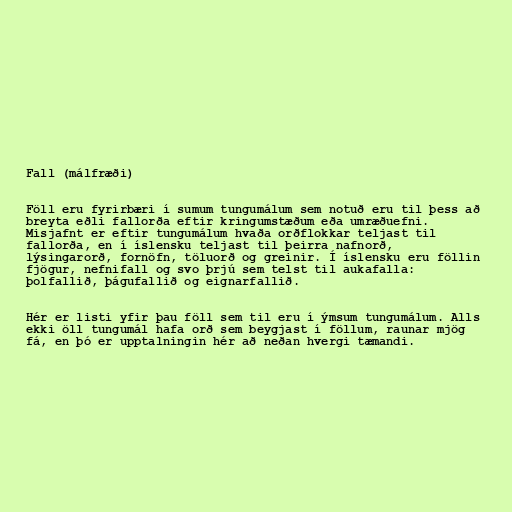
Fall (málfræði)

Föll eru fyrirbæri í sumum tungumálum sem notuð eru til þess að
breyta eðli fallorða eftir kringumstæðum eða umræðuefni.
Misjafnt er eftir tungumálum hvaða orðflokkar teljast til
fallorða, en í íslensku teljast til þeirra nafnorð,
lýsingarorð, fornöfn, töluorð og greinir. Í íslensku eru föllin
fjögur, nefnifall og svo þrjú sem telst til aukafalla:
þolfallið, þágufallið og eignarfallið.

Hér er listi yfir þau föll sem til eru í ýmsum tungumálum. Alls
ekki öll tungumál hafa orð sem beygjast í föllum, raunar mjög
fá, en þó er upptalningin hér að neðan hvergi tæmandi.